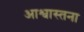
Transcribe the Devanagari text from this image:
आश्वास्तना